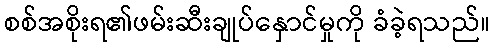
စစ်အစိုးရ၏ဖမ်းဆီးချုပ်နှောင်မှုကို ခံခဲ့ရသည်။